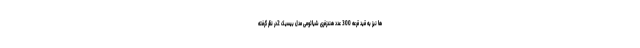
ها نیز به قید قرعه 300 عدد هندزفری شیائومی مدل بیسیک 2در نظر گرفته